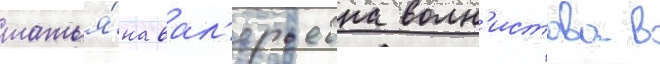
татья́на вал'ерьевна волн'истова в